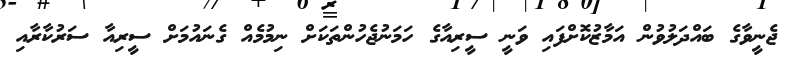
ޖެނީވާގެ ބައްދަލުވުން އަމާޒުކޮށްފައި ވަނީ ސީރިއާގެ ހަމަނުޖެހުންތަކަށް ނިމުމެއް ގެނައުމަށް ސީރިއާ ސަރުކާރާއި